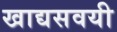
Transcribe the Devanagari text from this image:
खाद्यसवयी